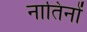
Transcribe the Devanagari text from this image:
नातिनों